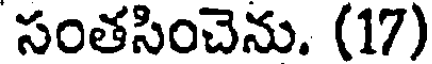
సంతసించెను. (17)